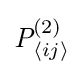
{\textstyle {\textit {P}}_{\langle ij\rangle }^{(2)}}